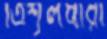
ত্রিশূলধারী